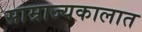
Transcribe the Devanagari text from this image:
साम्राज्यकालात